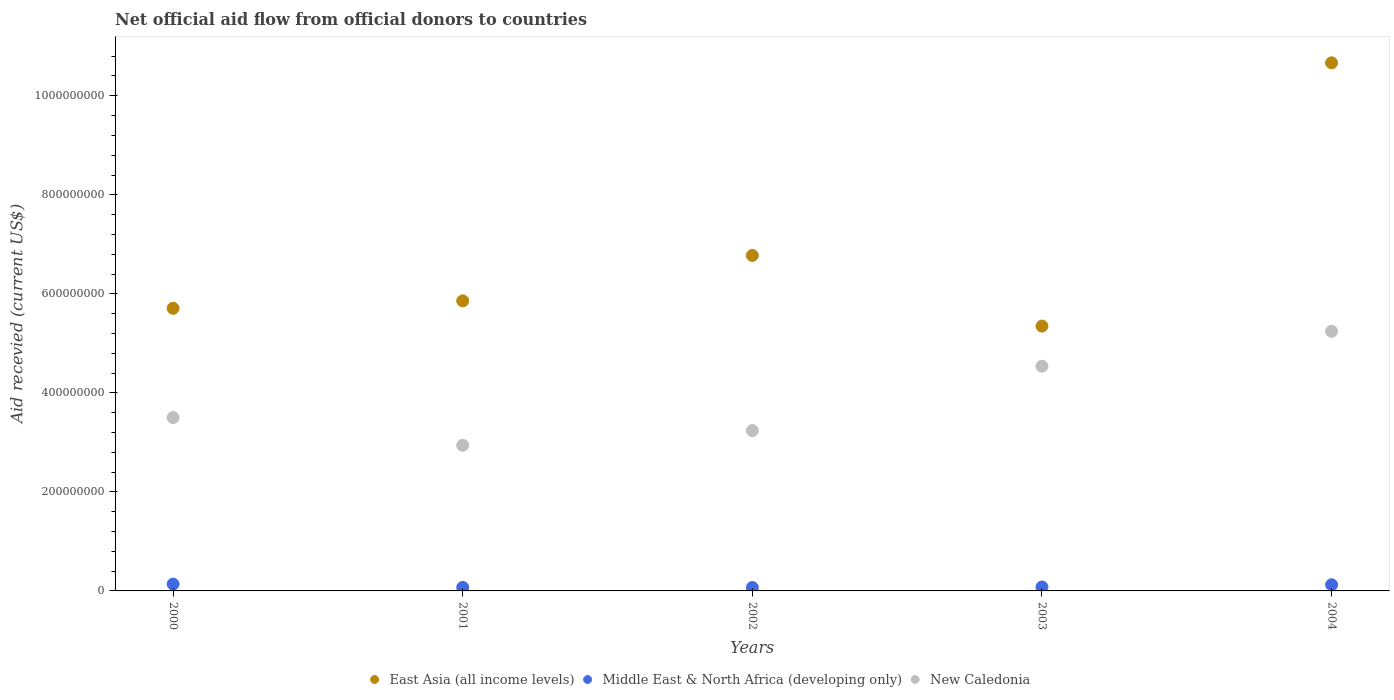
| Years | East Asia (all income levels) | Middle East & North Africa (developing only) | New Caledonia |
 | --- | --- | --- | --- |
 | 2000 | 5.71e+08 | 1.38e+07 | 3.5e+08 |
 | 2001 | 5.86e+08 | 7.14e+06 | 2.94e+08 |
 | 2002 | 6.78e+08 | 6.88e+06 | 3.24e+08 |
 | 2003 | 5.35e+08 | 7.95e+06 | 4.54e+08 |
 | 2004 | 1.07e+09 | 1.24e+07 | 5.24e+08 |